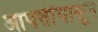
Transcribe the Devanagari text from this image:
आपत्तींपासून